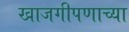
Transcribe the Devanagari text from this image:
खाजगीपणाच्या